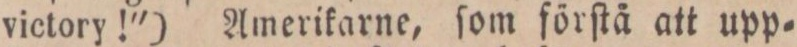
victory!") Amerikarne, ſom förſtå att upp=